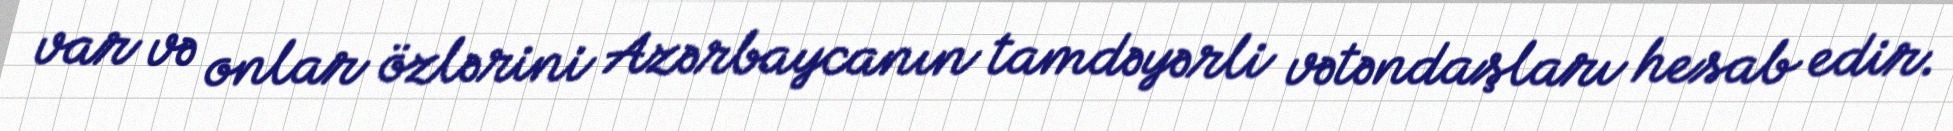
var və onlar özlərini Azərbaycanın tamdəyərli vətəndaşları hesab edir.